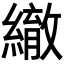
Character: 𦅄